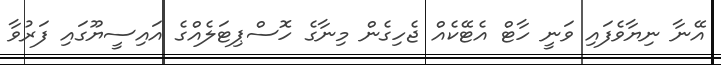
އޭނާ ނިޔާވެފައި ވަނީ ހާޓް އެޓޭކެއް ޖެހިގެން މިނާގެ ހޮސްޕިޓަލެއްގެ އައިސީޔޫގައި ފަރުވާ